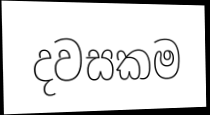
දවසකම